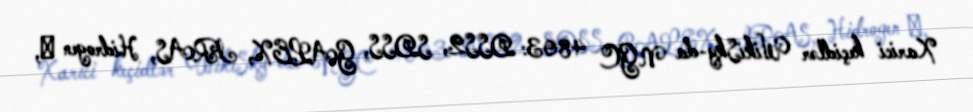
Xarici keçidlər WikiSky-da NGC 4803: DSS2, SDSS, GALEX, IRAS, Hidrogen α,